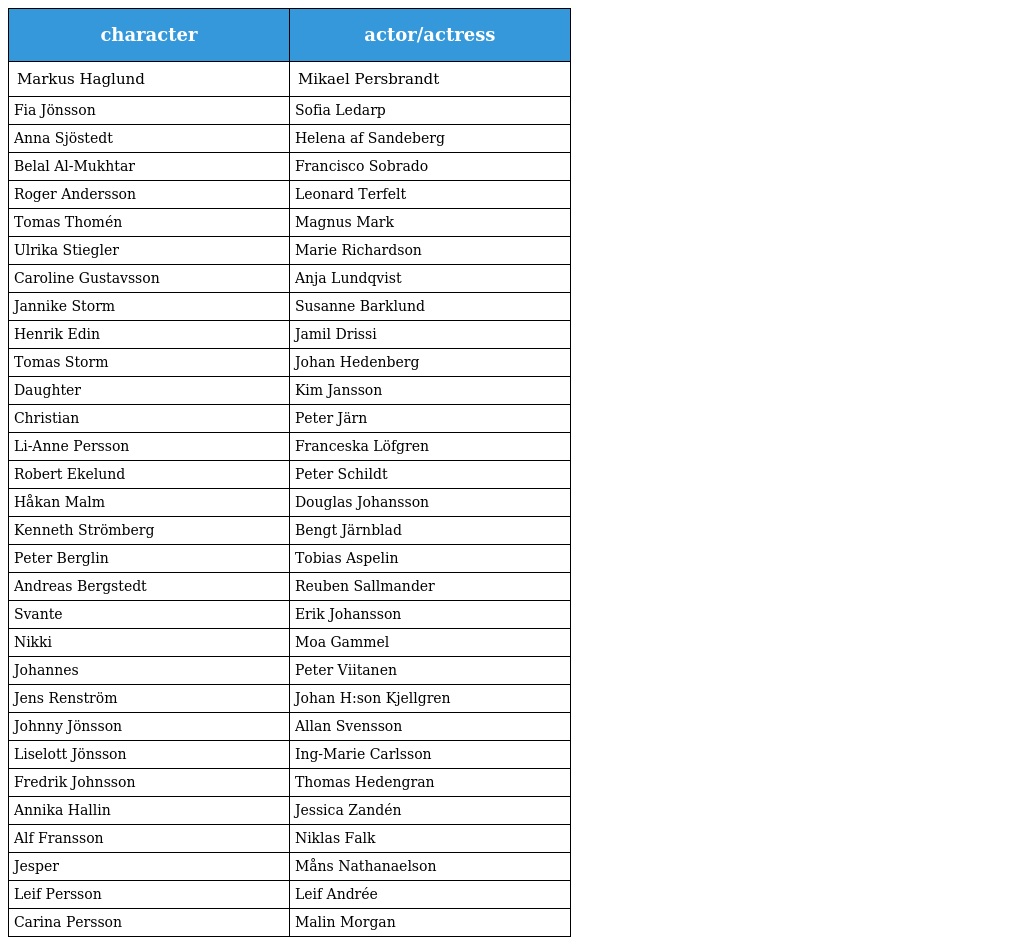
| character | actor/actress |
 | --- | --- |
 | Markus Haglund | Mikael Persbrandt |
 | Fia Jönsson | Sofia Ledarp |
 | Anna Sjöstedt | Helena af Sandeberg |
 | Belal Al-Mukhtar | Francisco Sobrado |
 | Roger Andersson | Leonard Terfelt |
 | Tomas Thomén | Magnus Mark |
 | Ulrika Stiegler | Marie Richardson |
 | Caroline Gustavsson | Anja Lundqvist |
 | Jannike Storm | Susanne Barklund |
 | Henrik Edin | Jamil Drissi |
 | Tomas Storm | Johan Hedenberg |
 | Daughter | Kim Jansson |
 | Christian | Peter Järn |
 | Li-Anne Persson | Franceska Löfgren |
 | Robert Ekelund | Peter Schildt |
 | Håkan Malm | Douglas Johansson |
 | Kenneth Strömberg | Bengt Järnblad |
 | Peter Berglin | Tobias Aspelin |
 | Andreas Bergstedt | Reuben Sallmander |
 | Svante | Erik Johansson |
 | Nikki | Moa Gammel |
 | Johannes | Peter Viitanen |
 | Jens Renström | Johan H:son Kjellgren |
 | Johnny Jönsson | Allan Svensson |
 | Liselott Jönsson | Ing-Marie Carlsson |
 | Fredrik Johnsson | Thomas Hedengran |
 | Annika Hallin | Jessica Zandén |
 | Alf Fransson | Niklas Falk |
 | Jesper | Måns Nathanaelson |
 | Leif Persson | Leif Andrée |
 | Carina Persson | Malin Morgan |